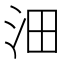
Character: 沺